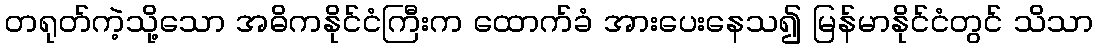
တရုတ်ကဲ့သို့သော အဓိကနိုင်ငံကြီးက ထောက်ခံ အားပေးနေသ၍ မြန်မာနိုင်ငံတွင် သိသာ